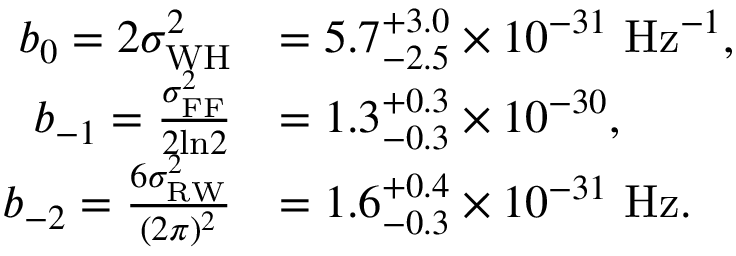
\begin{array} { r l } { b _ { 0 } = 2 \sigma _ { \mathrm { W H } } ^ { 2 } } & { = 5 . 7 _ { - 2 . 5 } ^ { + 3 . 0 } \times 1 0 ^ { - 3 1 } ~ \mathrm { H z } ^ { - 1 } , } \\ { b _ { - 1 } = \frac { \sigma _ { \mathrm { F F } } ^ { 2 } } { 2 \mathrm { l n } 2 } } & { = 1 . 3 _ { - 0 . 3 } ^ { + 0 . 3 } \times 1 0 ^ { - 3 0 } , } \\ { b _ { - 2 } = \frac { 6 \sigma _ { \mathrm { R W } } ^ { 2 } } { ( 2 \pi ) ^ { 2 } } } & { = 1 . 6 _ { - 0 . 3 } ^ { + 0 . 4 } \times 1 0 ^ { - 3 1 } ~ \mathrm { H z } . } \end{array}